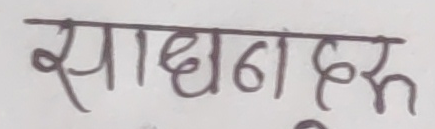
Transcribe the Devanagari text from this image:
साधनहरू